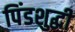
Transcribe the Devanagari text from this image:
पिंडशुद्धी